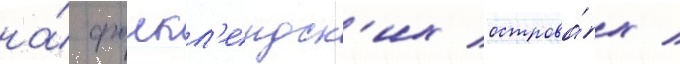
на́ фолкл'ендск'их острова́х /